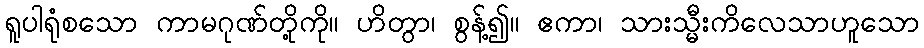
ရူပါရုံစသော ကာမဂုဏ်တို့ကို။ ဟိတွာ၊ စွန့်၍။ ဧကာ၊ သားသ္မီးကိလေသာဟူသော